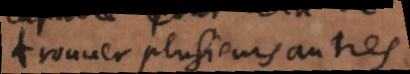
trouver plusieurs autres